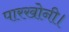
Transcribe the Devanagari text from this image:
पारखोनी।